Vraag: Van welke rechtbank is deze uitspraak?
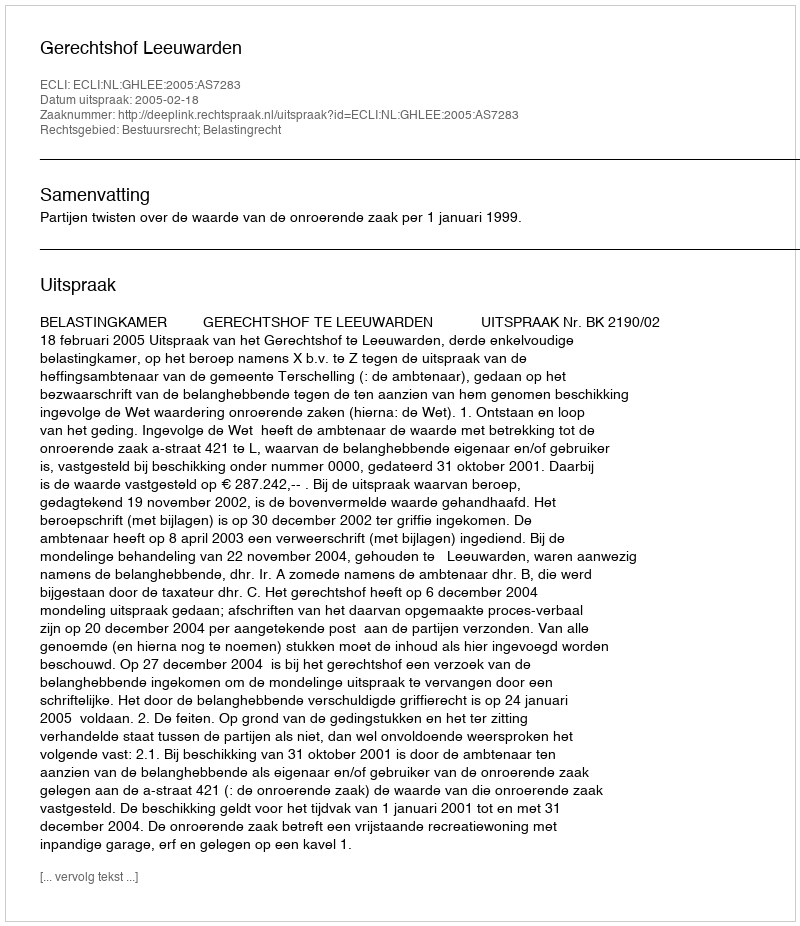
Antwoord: Gerechtshof Leeuwarden